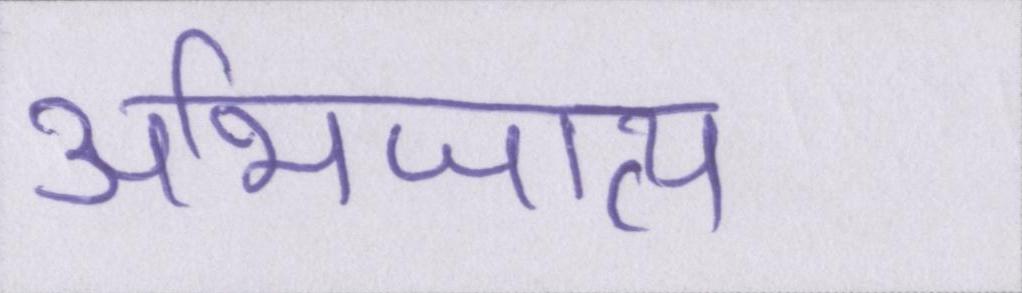
अभिजात्य